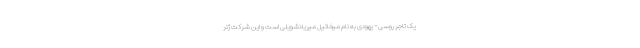
یک تاجر روسی- یهودی به نام میخائیل میریلاشویلی است و این شرکت ژنر